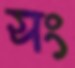
সং